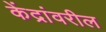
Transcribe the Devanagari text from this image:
केंद्रांवरील